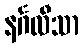
နင်္ဂလီသာ